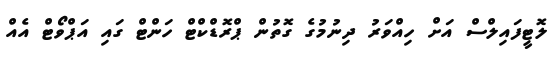
ލޮޓީފައިލްސް އަށް ހިއްވަރު ދިނުމުގެ ގޮތުން ޕްރޮޑްކްޓް ހަންޓް ގައި އަޕްވޯޓް އެއް